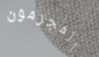
المجرمون